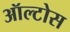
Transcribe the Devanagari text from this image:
ऑल्टोस